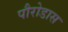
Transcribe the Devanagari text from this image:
पौरोडास